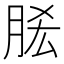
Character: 𰮠